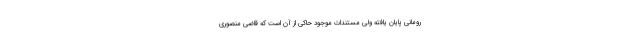
رومانی پایان یافته ولی مستندات موجود حاکی از آن است که قاضی منصوری